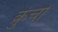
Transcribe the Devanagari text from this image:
क्रुंचों